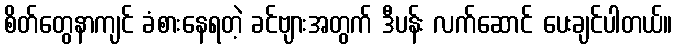
စိတ်တွေနာကျင် ခံစားနေရတဲ့ ခင်ဗျားအတွက် ဒီပန်း လက်ဆောင် ပေးချင်ပါတယ်။